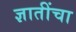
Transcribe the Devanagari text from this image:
ज्ञातींचा